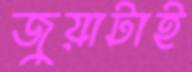
জুয়াটাই